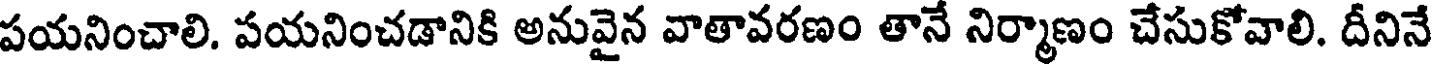
పయనించాలి. పయనించడానికి అనువైన వాతావరణం తానే నిర్మాణం చేసుకోవాలి. దీనినే